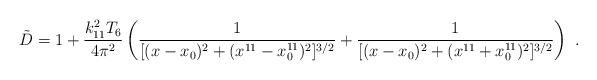
\begin{align*}{\tilde D}=1+{k_{11}^2 T_6 \over 4\pi^2} \left( {1\over [(x-x_0)^2+(x^{11}-x^{11}_0)^2]^{3/2}}+{1\over [(x-x_0)^2+(x^{11}+x^{11}_0)^2]^{3/2}} \right) \ .\end{align*}